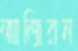
আজিরন